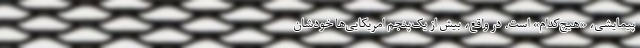
پیمایشی، «هیچ‌کدام» است. در واقع، بیش از یک‌پنجم امریکایی‌ها خودشان